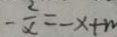
- \frac { 2 } { x } = - x + n